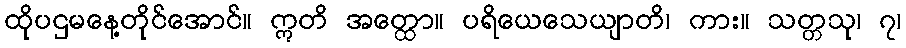
ထိုပဌမနေ့တိုင်အောင်။ ဣတိ အတ္ထော။ ပရိယေသေယျာတိ၊ ကား။ သတ္တသု၊ ၇၊